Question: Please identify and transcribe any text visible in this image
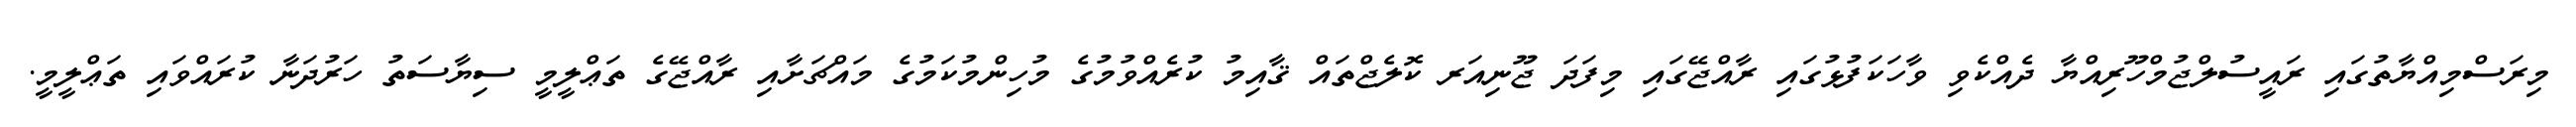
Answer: މިރަސްމިއްޔާތުގައި ރައީސުލްޖުމްހޫރިއްޔާ ދެއްކެވި ވާހަކަފުޅުގައި ރާއްޖޭގައި މިފަދަ ޖޫނިއަރ ކޮލެޖްތައް ޤާއިމު ކުރެއްވުމުގެ މުހިންމުކަމުގެ މައްޗަށާއި ރާއްޖޭގެ ތަޢްލީމީ ސިޔާސަތު ހަރުދަނާ ކުރައްވައި ތަޢްލީމީ.